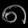
Digit: ၈